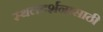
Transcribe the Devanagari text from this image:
स्थलदर्शनासाठी